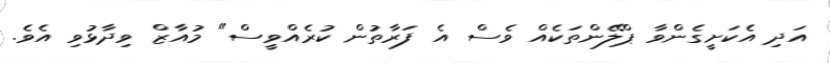
އަދި އެކަށީގެންވާ ޕްލޭންތަކެއް ވެސް އެ ފަރާތުން ކުރެއްވީސް" މުއާޒް ވިދާޅުވި އެވެ.